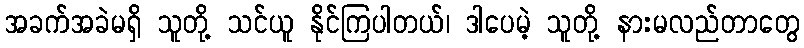
အခက်အခဲမရှိ သူတို့ သင်ယူ နိုင်ကြပါတယ်၊ ဒါပေမဲ့ သူတို့ နားမလည်တာတွေ